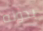
بدونه